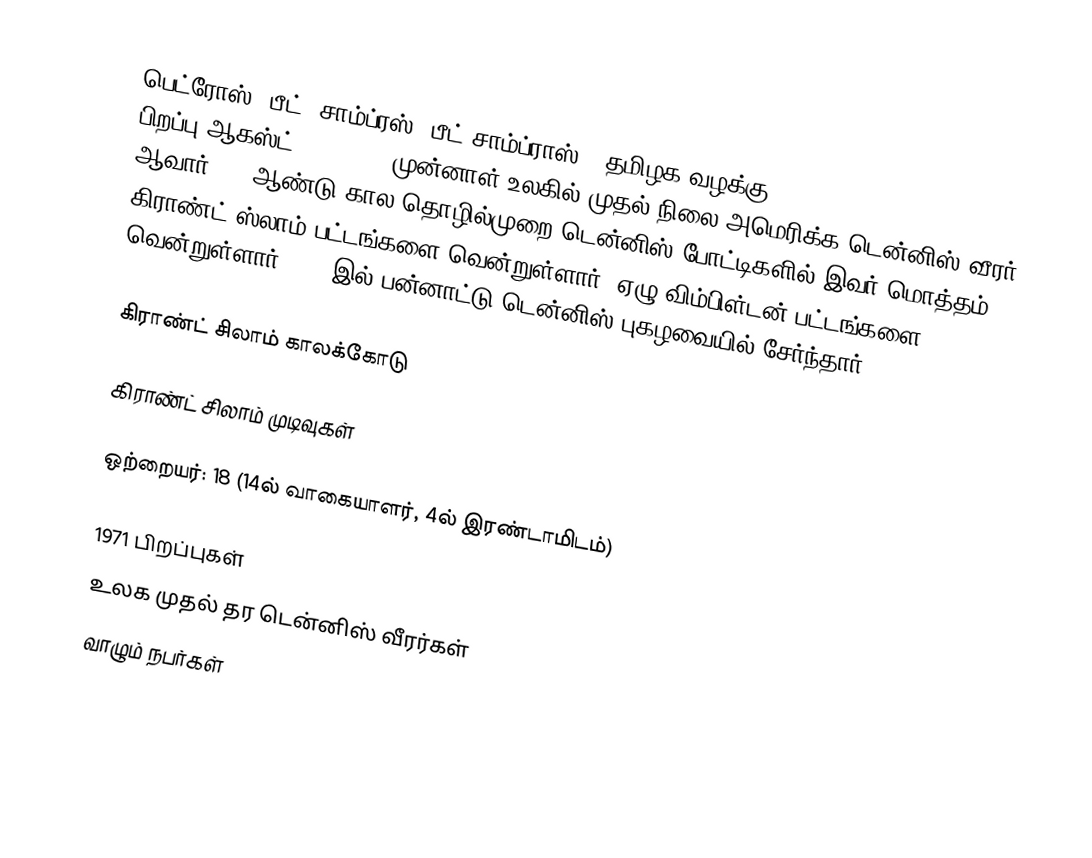
பெட்ரோஸ் "பீட்" சாம்ப்ரஸ் (பீட் சாம்ப்ராஸ் - தமிழக வழக்கு) (Petros "Pete" Sampras, பிறப்பு ஆகஸ்ட் 12, 1971) முன்னாள் உலகில் முதல் நிலை அமெரிக்க டென்னிஸ் வீரர் ஆவார். 15 ஆண்டு கால தொழில்முறை டென்னிஸ் போட்டிகளில் இவர் மொத்தம் 14 கிராண்ட் ஸ்லாம் பட்டங்களை வென்றுள்ளார். ஏழு விம்பிள்டன் பட்டங்களை வென்றுள்ளார். 2007இல் பன்னாட்டு டென்னிஸ் புகழவையில் சேர்ந்தார்.

கிராண்ட் சிலாம் காலக்கோடு

கிராண்ட் சிலாம் முடிவுகள்

ஒற்றையர்: 18 (14ல் வாகையாளர், 4ல் இரண்டாமிடம்)

1971 பிறப்புகள்
உலக முதல் தர டென்னிஸ் வீரர்கள்
வாழும் நபர்கள்